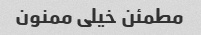
مطمئن خیلی ممنون